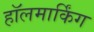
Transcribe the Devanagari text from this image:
हॉलमार्किंग